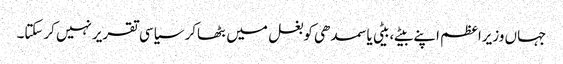
جہاں وزیراعظم اپنے بیٹے،بیٹی یا سمدھی کوبغل میں بٹھاکر سیاسی تقریرنہیں کرسکتا۔